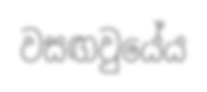
වසඟවුයේය